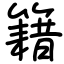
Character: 籍